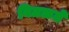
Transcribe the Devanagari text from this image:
वितळते